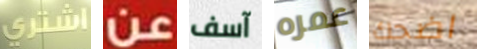
إشتري عن آسف عمره اضحك